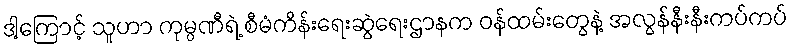
ဒါ့ကြောင့် သူဟာ ကုမ္ပဏီရဲ့ စီမံကိန်းရေးဆွဲရေးဌာနက ဝန်ထမ်းတွေနဲ့ အလွန်နီးနီးကပ်ကပ်